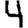
Digit: 4